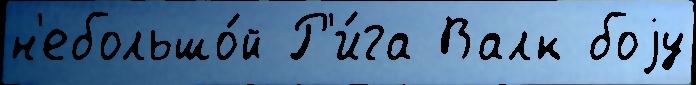
н'ебольшо́й Р'и́га Валк боjу